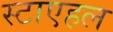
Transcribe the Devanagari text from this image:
स्टाएहल